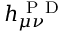
h _ { \mu \nu } ^ { \mathrm { ~ P ~ D ~ } }